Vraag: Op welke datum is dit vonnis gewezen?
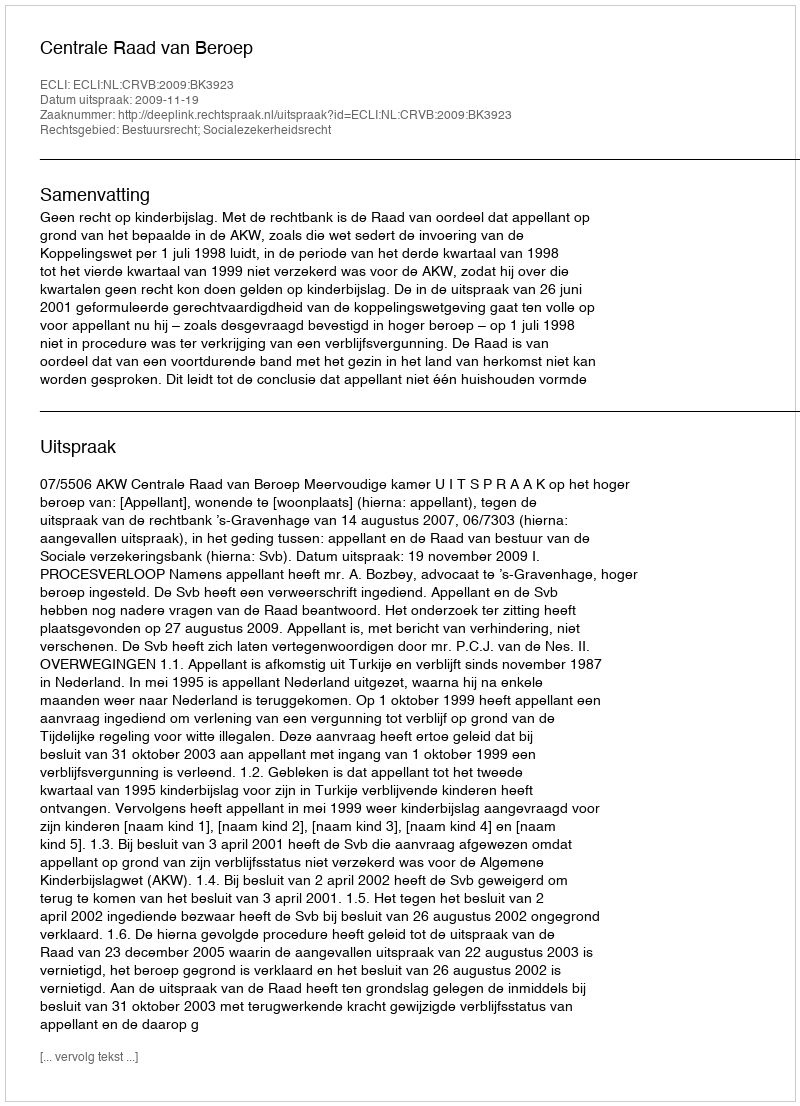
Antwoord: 2009-11-19